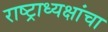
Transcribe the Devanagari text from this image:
राष्ट्राध्यक्षांचा